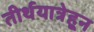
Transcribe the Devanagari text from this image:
तीर्थयात्रेहून